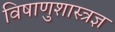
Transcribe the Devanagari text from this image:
विषाणुशास्त्रज्ञ